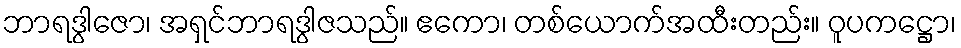
ဘာရဒွါဇော၊ အရှင်ဘာရဒွါဇသည်။ ဧကော၊ တစ်ယောက်အထီးတည်း။ ဝူပကဋ္ဌော၊